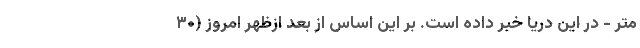
متر - در این دریا خبر داده است. بر این اساس از بعد ازظهر امروز (۳۰